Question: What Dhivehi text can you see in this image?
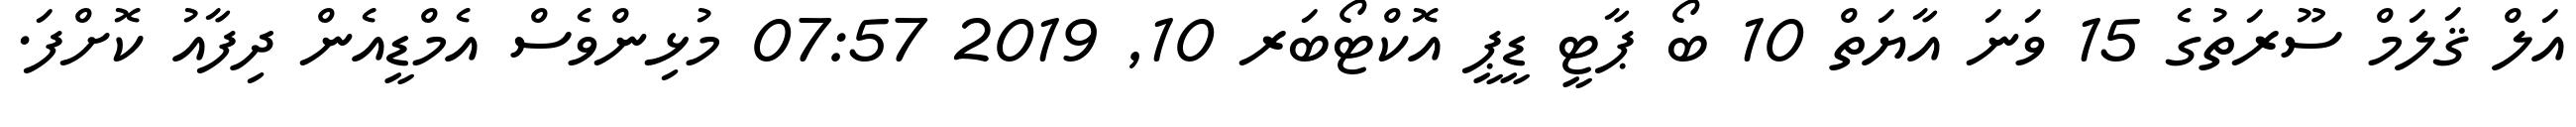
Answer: އަލް ޤަލަމް ސޫރަތުގެ 15 ވަނަ އާޔަތް 10 ބޯ ޕާޓީ ޑީޕީ އޮކްޓޯބަރ 10, 2019 07:57 މުޅިންވެސް އެމްޑީއެން ދިފާއު ކޮށްފަ.